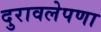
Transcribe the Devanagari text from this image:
दुरावलेपणा